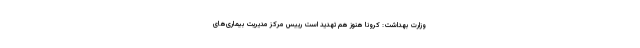
وزارت بهداشت: کرونا هنوز هم تهدید است رییس مرکز مدیریت بیماری‌های